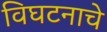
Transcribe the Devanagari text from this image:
विघटनाचे